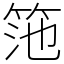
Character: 筂